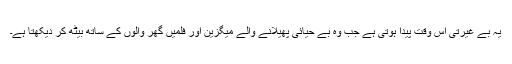
یہ بے غیرتی اس وقت پیدا ہوتی ہے جب وہ بے حیائی پھیلانے والے میگزین اور فلمیں گھر والوں کے ساتھ بیٹھ کر دیکھتا ہے۔